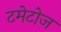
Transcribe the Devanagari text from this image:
टमेटोज